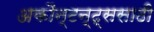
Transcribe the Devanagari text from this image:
अकौन्टन्ट्‌ससाठी